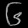
Digit: ၆